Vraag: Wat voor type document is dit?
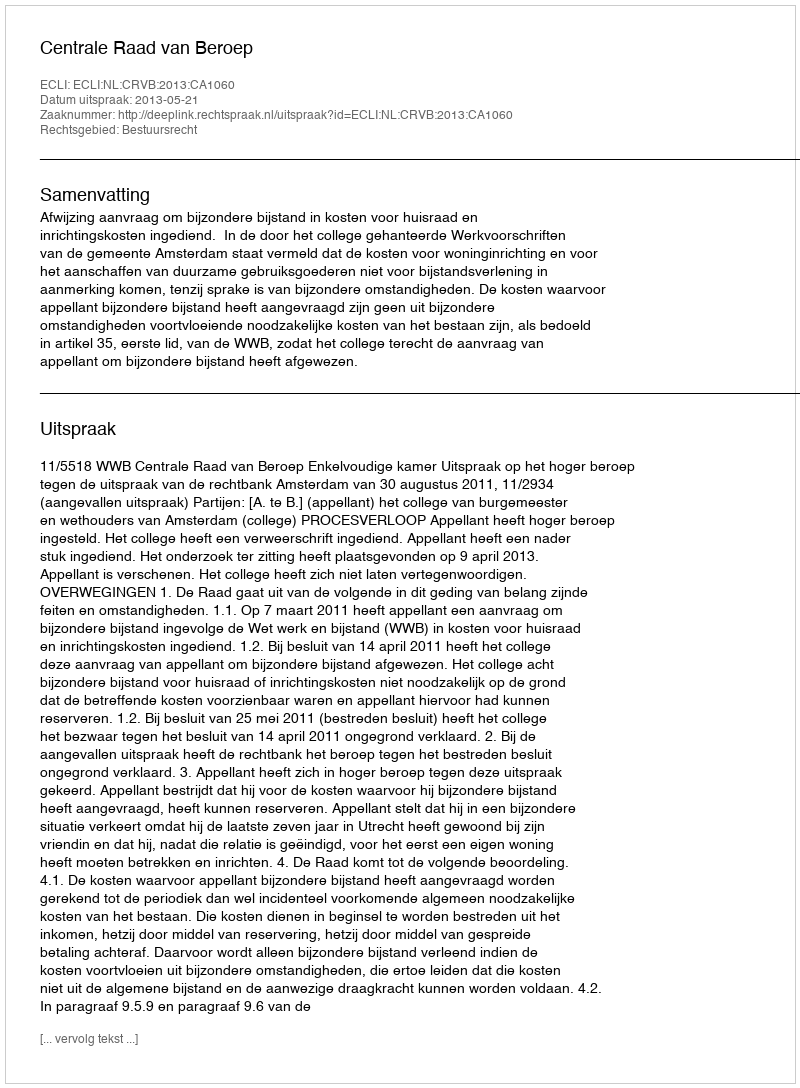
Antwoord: Uitspraak